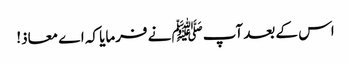
اس کے بعد آپﷺ نے فرمایا کہ اے معاذ!